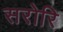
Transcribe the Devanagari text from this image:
सरोरि